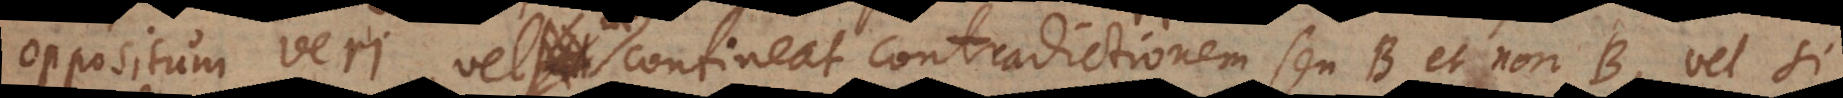
oppositum veri, vel ut contineat contradictionem seu B et non‐B, vel si